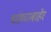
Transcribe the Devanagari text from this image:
भांड्याबाहेर